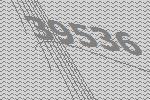
39536